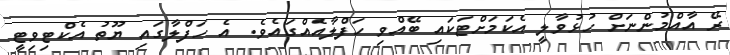
ރޭ އާއްމުންނަށް ހުޅުވާލީ އެކަމަށްޓަކައި ބޭއްވި ހަފްލާއެެއްގައެވެ. އެ ހަފްލާގައި ޔޫތު އެކްޓިވިޓީ